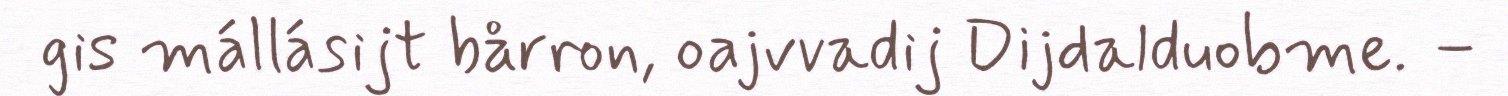
gis mállásijt bårron, oajvvadij Dijdalduobme. –